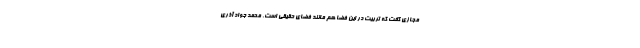
مجازی گفت که تربیت در این فضا هم مانند فضای حقیقی است. محمد جواد آذری